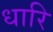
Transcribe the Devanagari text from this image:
धारि